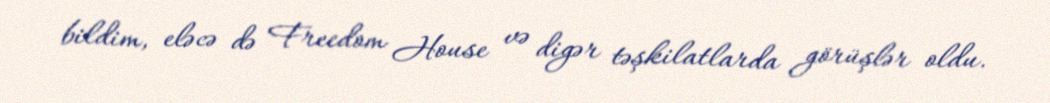
bildim, eləcə də Freedom House və digər təşkilatlarda görüşlər oldu.